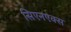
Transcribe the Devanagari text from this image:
सिएनएक्स